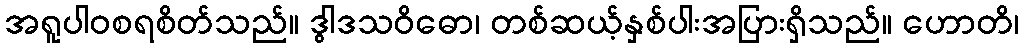
အရူပါဝစရစိတ်သည်။ ဒွါဒသဝိဓော၊ တစ်ဆယ့်နှစ်ပါးအပြားရှိသည်။ ဟောတိ၊